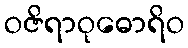
ဝဇိရာဝုဓောရိဝ